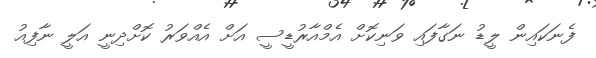
ފެނަކައިން ލީޑު ނަގާފައި ވަނިކޮށް އެމްއާރުޑީސީ އަށް އެއްވަރު ކޮށްދިނީ އަލީ ނާފިއު